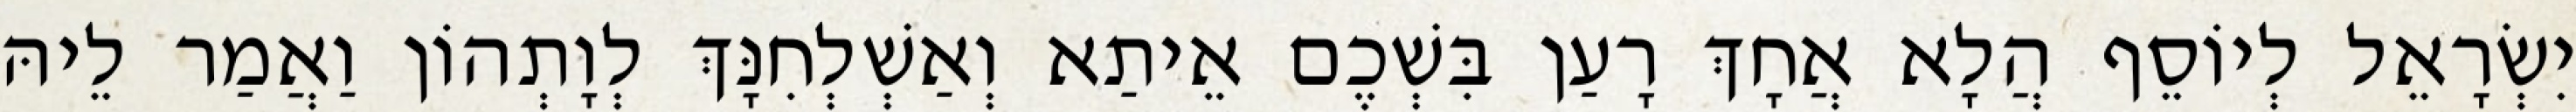
יִשְׂרָאֵל לְיוֹסֵף הֲלָא אֲחָךְ רָעַן בִּשְׁכֶם אֵיתַא וְאַשְׁלְחִנָּךְ לְוָתְהוֹן וַאֲמַר לֵיהּ